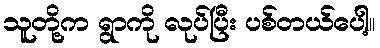
သူတို့က ရွာကို လုပ်ပြီး ပစ်တယ်ပေါ့။